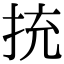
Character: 㧤